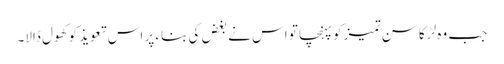
جب وہ لڑکا سنِ تمیز کو پہنچا تو اس نے بغض کی بناء پر اس تعویذ کو کھول ڈالا۔